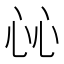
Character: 𢗰